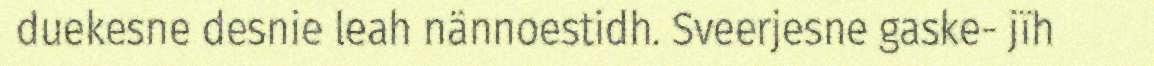
duekesne desnie leah nännoestidh. Sveerjesne gaske- jïh